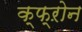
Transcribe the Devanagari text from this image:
क्फ्ऱोन